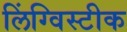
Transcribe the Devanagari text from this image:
लिंग्विस्टीक